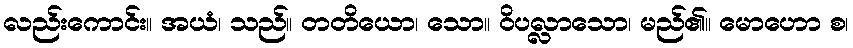
လည်းကောင်း။ အယံ၊ သည်။ တတိယော၊ သော။ ဝိပလ္လာသော၊ မည်၏။ မောဟော စ၊